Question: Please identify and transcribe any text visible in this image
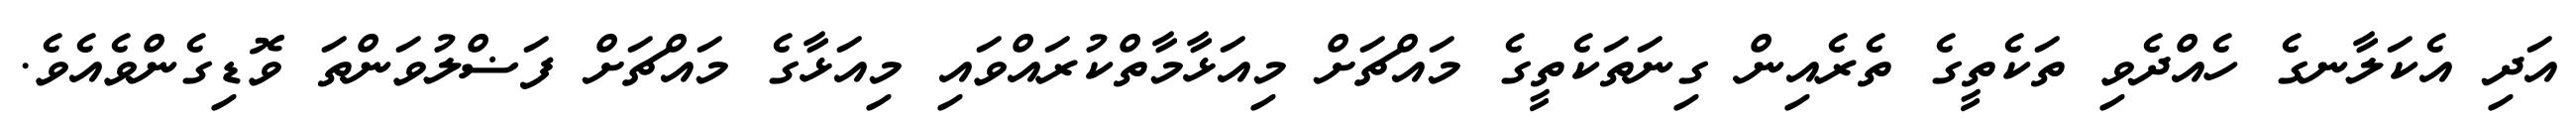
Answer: އަދި އެކަލާނގެ ހެއްދެވި ތަކެތީގެ ތެރެއިން ގިނަތަކެތީގެ މައްޗަށް މިއަޅާމާތްކުރައްވައި މިއަޅާގެ މައްޗަށް ފަޟްލުވަންތަ ވޮޑިގެންވެއެވެ.